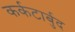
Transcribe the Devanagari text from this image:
कर्कटार्बुद